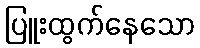
ပြူးထွက်နေသော